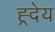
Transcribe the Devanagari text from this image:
ह्र्देय